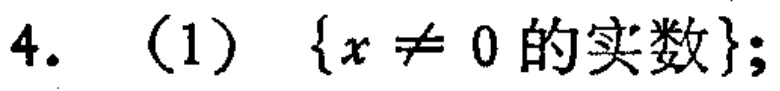
$4.\ (1)\ \{x\neq 0\text{ 的实数}\};$